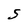
Character: S